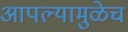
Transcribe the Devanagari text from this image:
आपल्यामुळेच